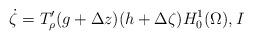
LaTeX: \begin{align*} \dot \zeta = T_\rho'( g+\Delta z)(h+\Delta\zeta) H_0^1(\Omega), I\end{align*}